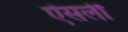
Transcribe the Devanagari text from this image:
ऐंसली